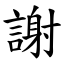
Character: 謝